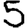
Digit: 5